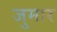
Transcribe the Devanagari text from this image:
जुमार